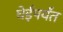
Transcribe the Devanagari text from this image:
घेईपर्यंत